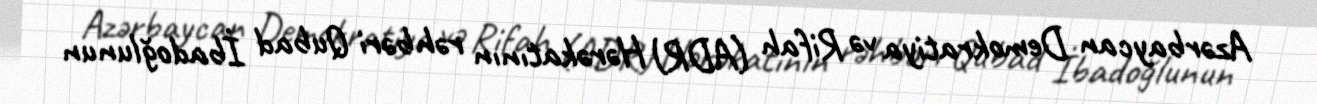
Azərbaycan Demokratiya və Rifah (ADR) Hərəkatının rəhbəri Qubad İbadoğlunun